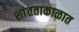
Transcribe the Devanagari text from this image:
शांतताकाळात